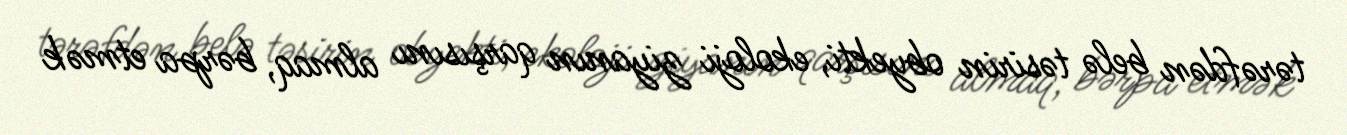
tərəfdən belə təsirin obyekti, ekoloji ziyanın qarşısını almaq, bərpa etmək